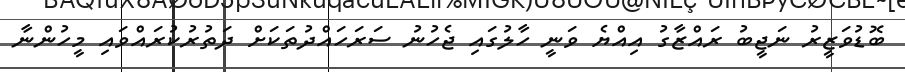
ބޮޑުވަޒީރު ނަޖީބު ރައްޒާގު އިއްޔެ ވަނީ ހާލުގައި ޖެހުނު ސަރަހައްދުތަކަށް ދަތުރުކުރައްވައި މީހުންނާ